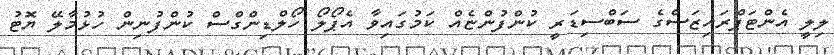
ލިލީ އެންޓަޕްރައިޒަސްގެ ސަބްސިޑަރީ ކުންފުންޏެއް ކަމުގައިވާ އެޕޯލޯ ހޯލްޑިންގްސް ކުންފުނިން ހުޅުމާލޭ ޔޮޓު